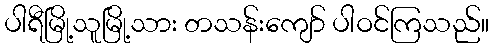
ပါရီမြို့သူမြို့သား တသန်းကျော် ပါဝင်ကြသည်။